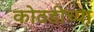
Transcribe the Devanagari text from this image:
कोठडीच्या